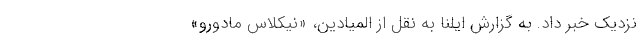
نزدیک خبر داد. به گزارش ایلنا به نقل از المیادین، «نیکلاس مادورو»